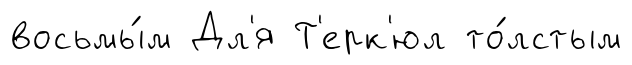
восьмы́м Дл'я Т'ерк'юл то́лстым